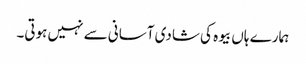
ہمارے ہاں بیوہ کی شادی آسانی سے نہیں ہوتی۔